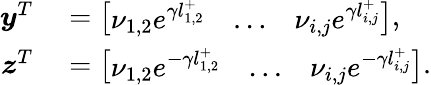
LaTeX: \begin{array}{rl}{\boldsymbol{y}^{T}}&{{}=\left[\begin{array}{lll}{\nu_{1,2}e^{\gamma l_{1,2}^{+}}}&{\ldots}&{\nu_{i,j}e^{\gamma l_{i,j}^{+}}}\end{array}\right],}\\ {\boldsymbol{z}^{T}}&{{}=\left[\begin{array}{lll}{\nu_{1,2}e^{-\gamma l_{1,2}^{+}}}&{\ldots}&{\nu_{i,j}e^{-\gamma l_{i,j}^{+}}}\end{array}\right].}\end{array}